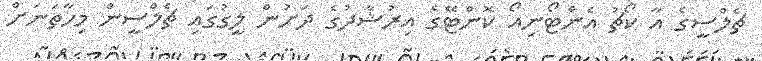
ޗެލްސީގެ އާ ކޯޗު އެންޓޯނިއޯ ކޮންޓޭގެ އިރުޝާދުގެ ދަށުން ލީގުގައި ޗެލްސީން މިހާތަނަށް